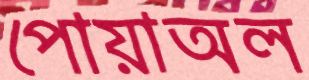
পোয়াঅল